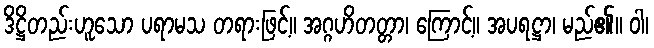
ဒိဋ္ဌိတည်းဟူသော ပရာမသ တရားဖြင့်။ အဂ္ဂဟိတတ္တာ၊ ကြောင့်။ အပရဋ္ဌာ၊ မည်၏။ ဝါ၊